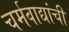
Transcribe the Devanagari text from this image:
चर्मवाद्यांची